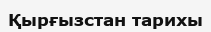
Қырғызстан тарихы